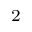
_ 2